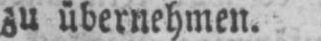
zu übernehmen.